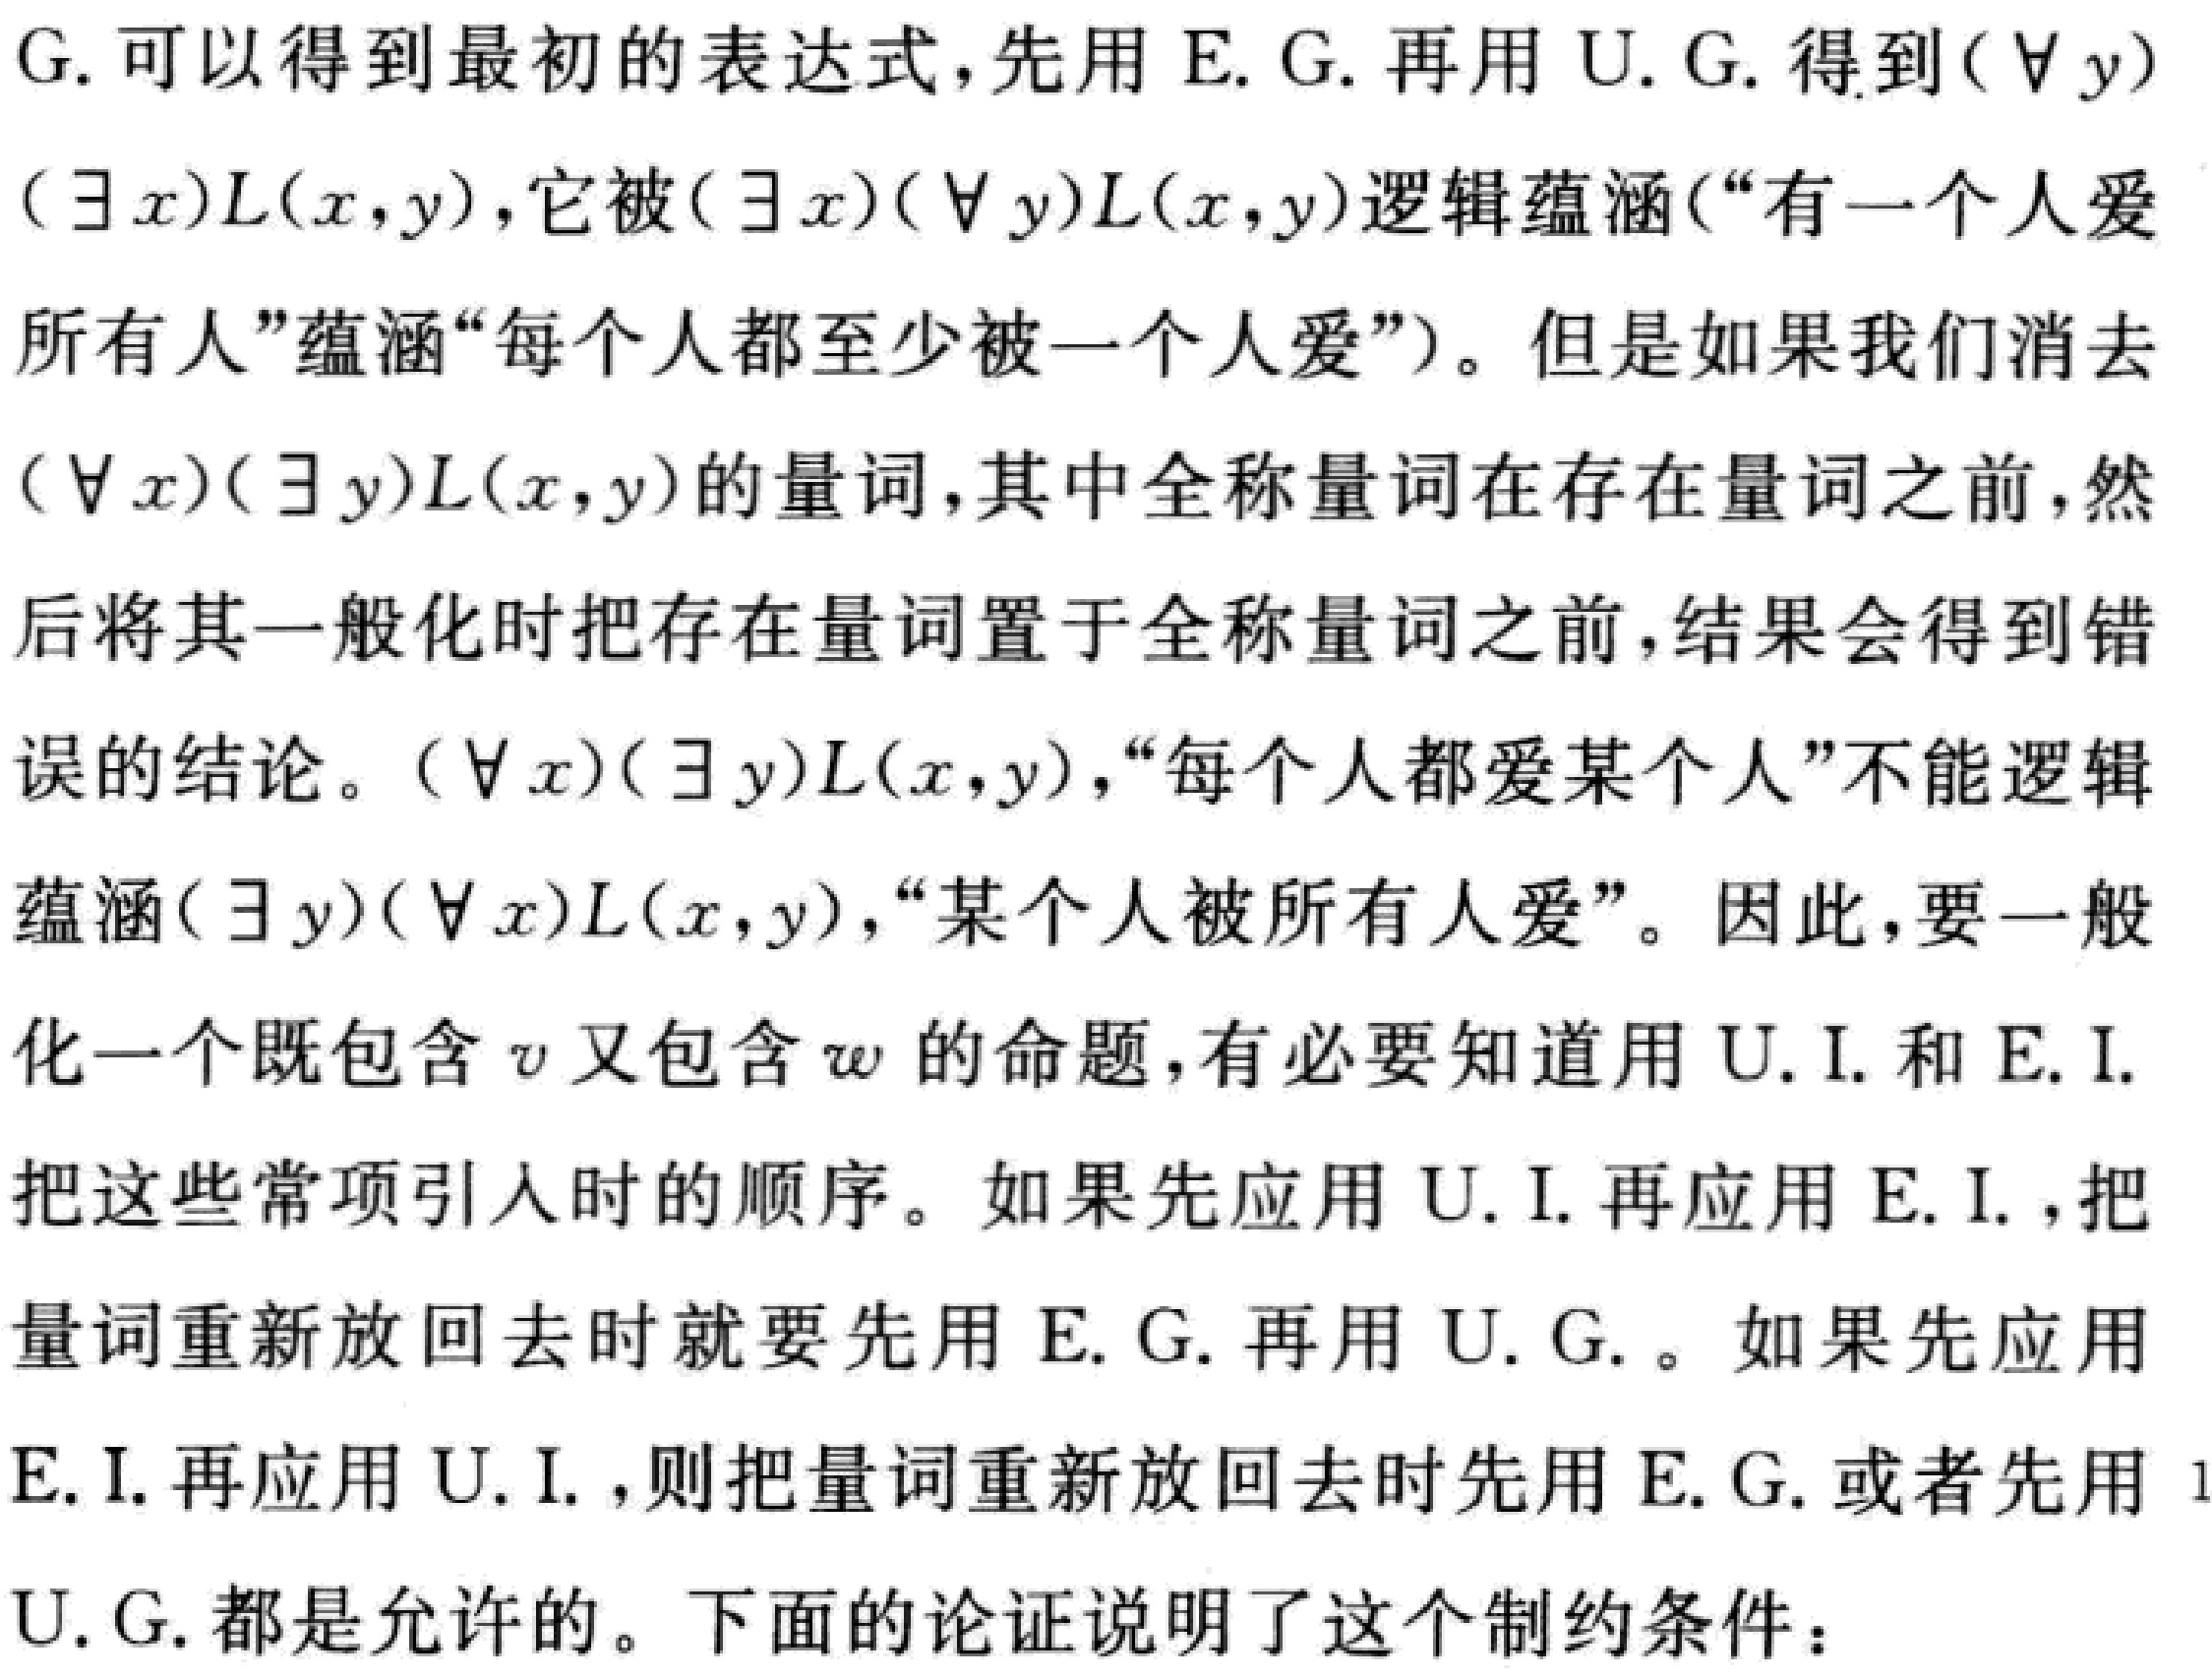
G. 可以得到最初的表达式，先用 E. G. 再用 U. G. 得到$(\forall y)(\exists x)L(x,y)$，它被$(\exists x)(\forall y)L(x,y)$逻辑蕴涵（“有一个人爱所有人”蕴涵“每个人都至少被一个人爱”）。但是如果我们消去$(\forall x)(\exists y)L(x,y)$的量词，其中全称量词在存在量词之前，然后将其一般化时把存在量词置于全称量词之前，结果会得到错误的结论。$(\forall x)(\exists y)L(x,y)$，“每个人都爱某个人”不能逻辑蕴涵$(\exists y)(\forall x)L(x,y)$，“某个人被所有人爱”。因此，要一般化一个既包含$v$又包含$w$的命题，有必要知道用 U. I. 和 E. I. 把这些常项引入时的顺序。如果先应用 U. I. 再应用 E. I. ，把量词重新放回去时就要先用 E. G. 再用 U. G. 。如果先应用 E. I. 再应用 U. I. ，则把量词重新放回去时先用 E. G. 或者先用 U. G. 都是允许的。下面的论证说明了这个制约条件：